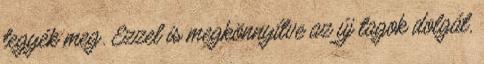
tegyék meg. Ezzel is megkönnyítve az új tagok dolgát,